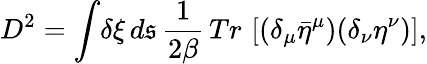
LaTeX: D^{2}=\int\! \delta\xi\, d\mathfrak{s}\, {\frac{{1}}{{2\beta}}}\, Tr\, \left[(\delta_{\mu}{\bar{{\eta}}}^{\mu})(\delta_{\nu}\eta^{\nu})\right],